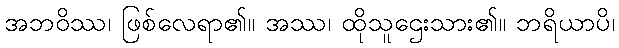
အဘဝိဿ၊ ဖြစ်လေရာ၏။ အဿ၊ ထိုသူဌေးသား၏။ ဘရိယာပိ၊